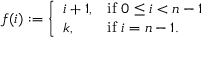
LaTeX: f ( i ) : = { \left\{ \begin{array} { l l } { i + 1 , } & { { \mathrm { i f ~ } } 0 \leq i < n - 1 } \\ { k , } & { { \mathrm { i f ~ } } i = n - 1 . } \end{array} \right. }